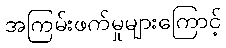
အကြမ်းဖက်မှုများကြောင့်